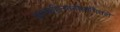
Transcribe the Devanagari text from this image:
वृत्तवाहिन्यांनीसांगितले